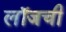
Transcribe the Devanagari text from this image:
लॉजची